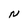
Character: N